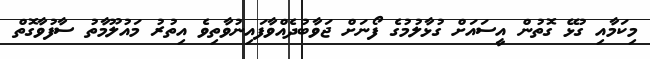
މިކަމާއި ގުޅޭ ގޮތުން އީސައަށް ގުޅާލުމުގެ ފޯނަށް ޖަވާބުދެއްވާފައިނުވާތިވެ އިތުރު މައުލޫމާތު ސާފުވާގޮތް